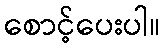
စောင့်ပေးပါ။